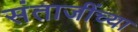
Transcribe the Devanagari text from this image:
संताजींच्या